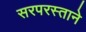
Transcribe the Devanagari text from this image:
सरपरस्ताने